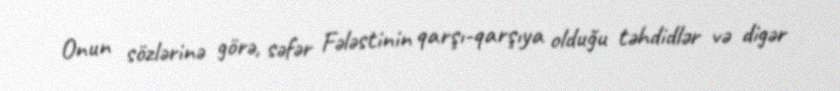
Onun sözlərinə görə, səfər Fələstinin qarşı-qarşıya olduğu təhdidlər və digər